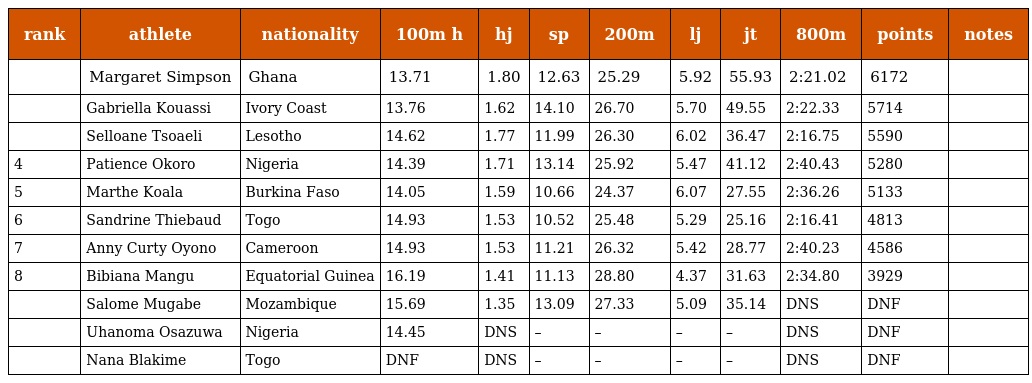
| rank | athlete | nationality | 100m h | hj | sp | 200m | lj | jt | 800m | points | notes |
 | --- | --- | --- | --- | --- | --- | --- | --- | --- | --- | --- | --- |
 |  | Margaret Simpson | Ghana | 13.71 | 1.80 | 12.63 | 25.29 | 5.92 | 55.93 | 2:21.02 | 6172 |  |
 |  | Gabriella Kouassi | Ivory Coast | 13.76 | 1.62 | 14.10 | 26.70 | 5.70 | 49.55 | 2:22.33 | 5714 |  |
 |  | Selloane Tsoaeli | Lesotho | 14.62 | 1.77 | 11.99 | 26.30 | 6.02 | 36.47 | 2:16.75 | 5590 |  |
 | 4 | Patience Okoro | Nigeria | 14.39 | 1.71 | 13.14 | 25.92 | 5.47 | 41.12 | 2:40.43 | 5280 |  |
 | 5 | Marthe Koala | Burkina Faso | 14.05 | 1.59 | 10.66 | 24.37 | 6.07 | 27.55 | 2:36.26 | 5133 |  |
 | 6 | Sandrine Thiebaud | Togo | 14.93 | 1.53 | 10.52 | 25.48 | 5.29 | 25.16 | 2:16.41 | 4813 |  |
 | 7 | Anny Curty Oyono | Cameroon | 14.93 | 1.53 | 11.21 | 26.32 | 5.42 | 28.77 | 2:40.23 | 4586 |  |
 | 8 | Bibiana Mangu | Equatorial Guinea | 16.19 | 1.41 | 11.13 | 28.80 | 4.37 | 31.63 | 2:34.80 | 3929 |  |
 |  | Salome Mugabe | Mozambique | 15.69 | 1.35 | 13.09 | 27.33 | 5.09 | 35.14 | DNS | DNF |  |
 |  | Uhanoma Osazuwa | Nigeria | 14.45 | DNS | – | – | – | – | DNS | DNF |  |
 |  | Nana Blakime | Togo | DNF | DNS | – | – | – | – | DNS | DNF |  |